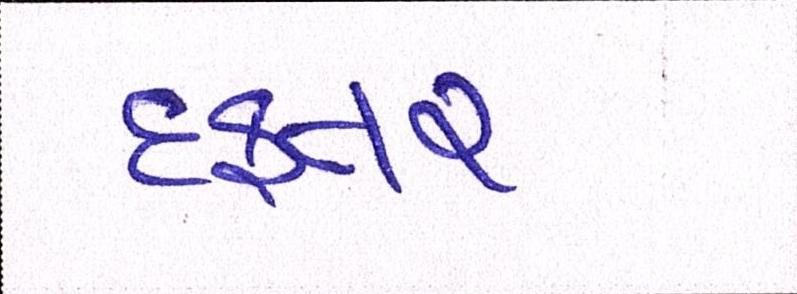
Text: દફતર